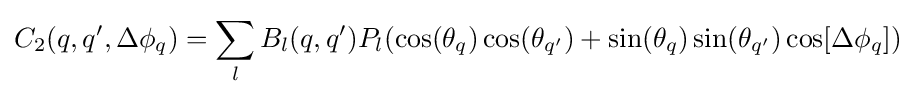
C_{2}(q,q',\Delta \phi _{q})=\sum _{l}B_{l}(q,q')P_{l}(\cos(\theta _{q})\cos(\theta _{q'})+\sin(\theta _{q})\sin(\theta _{q'})\cos[\Delta \phi _{q}])